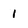
Character: 1